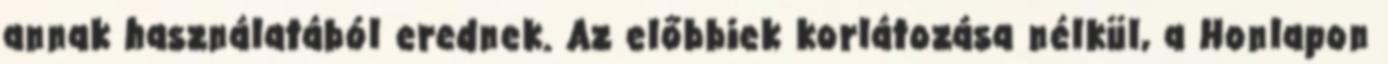
annak használatából erednek. Az előbbiek korlátozása nélkül, a Honlapon